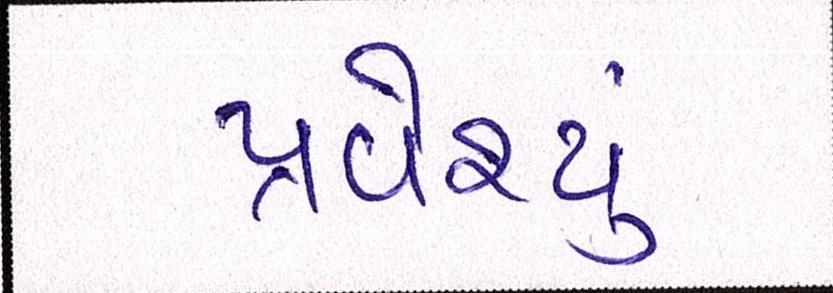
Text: પ્રવેશ્યું